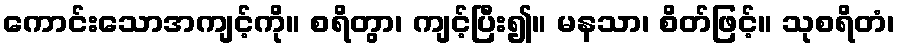
ကောင်းသောအကျင့်ကို။ စရိတွာ၊ ကျင့်ပြီး၍။ မနသာ၊ စိတ်ဖြင့်။ သုစရိတံ၊